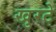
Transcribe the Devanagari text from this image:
खुरटे